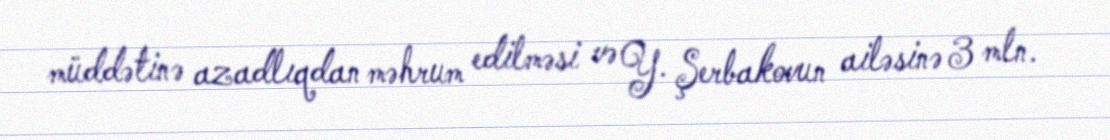
müddətinə azadlıqdan məhrum edilməsi və Y. Şerbakovun ailəsinə 3 mln.